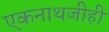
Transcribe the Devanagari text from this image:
एकनाथजीही